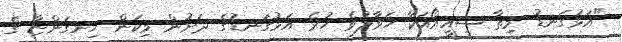
"އަޅުގަނޑު މިތާ ސީއީއޯއަކާ ހަވާލުވެ ހުރެ އަޅުގަނޑުގެ ދަށުން މިކަން ހިނގަންޏާ ގެ